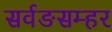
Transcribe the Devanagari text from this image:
सर्वङसम्हर